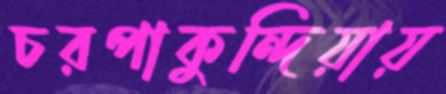
চরপাকুন্দিয়ায়